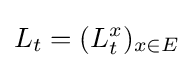
L_{t}=(L_{t}^{x})_{x\in E}